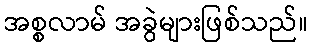
အစ္စလာမ် အခွဲများဖြစ်သည်။